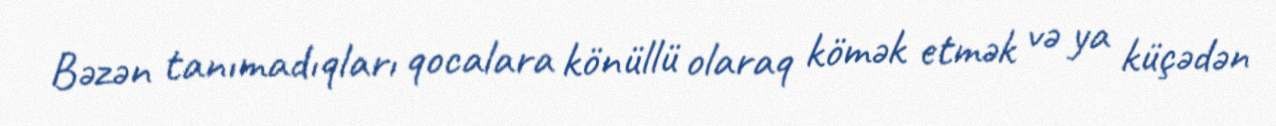
Bəzən tanımadıqları qocalara könüllü olaraq kömək etmək və ya küçədən